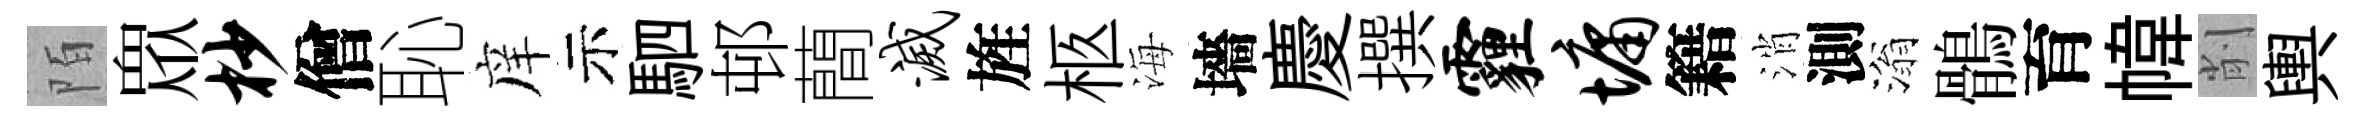
陌衆杪僧恥庠示駟邨蕳灭旌柩海墻慶撰霾墉籍消測滃鶻育幃削輿